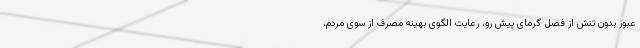
عبور بدون تنش از فصل گرمای پیش رو، رعایت الگوی بهینه مصرف از سوی مردم،